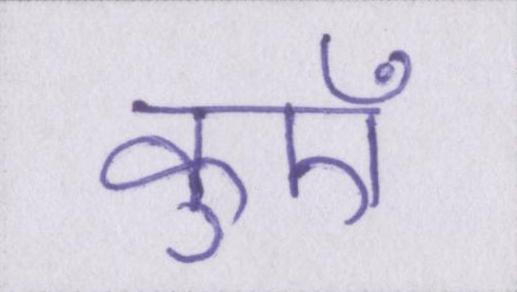
कुएँ